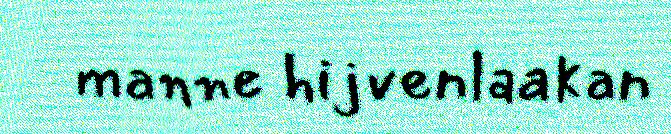
manne hijvenlaakan